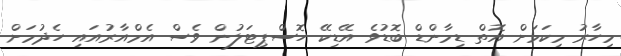
މިހާރު މިކަމަށް އޮތް ޑިމާންޑް ބޮޑުވެ އޭޑިކޭ ހޮސްޕިޓަލުން ވެސް އެމްއާރުއައި ހެދުމަށް